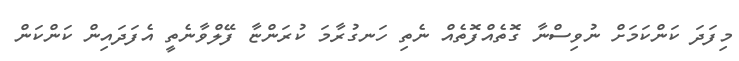
މިފަދަ ކަންކަމަށް ނުވިސްނާ ގޮތެއްފޮތެއް ނެތި ހަނގުރާމަ ކުރަންޏާ ފޭލްވާނެތީ އެފަދައިން ކަންކަން